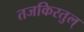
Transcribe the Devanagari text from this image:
तजकिरतुल्